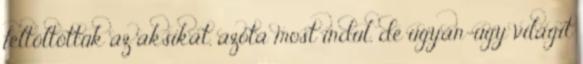
feltöltöttük az aksikat, azóta most indul, de ugyan-úgy világit